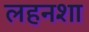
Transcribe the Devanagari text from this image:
लहनशा